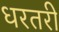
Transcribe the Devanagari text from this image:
धरतरी